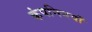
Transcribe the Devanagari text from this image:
कंपनिययों